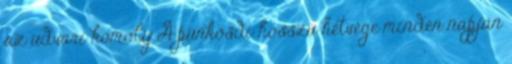
az udvari komoly A pünkösdi hosszú hétvége minden napján